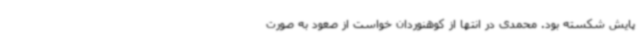
پایش شکسته بود. محمدی در انتها از کوهنوردان خواست از صعود به صورت